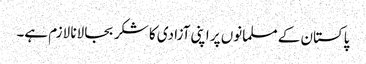
پاکستان کے مسلمانوں پر اپنی آزادی کا شکر بجا لانا لازم ہے۔